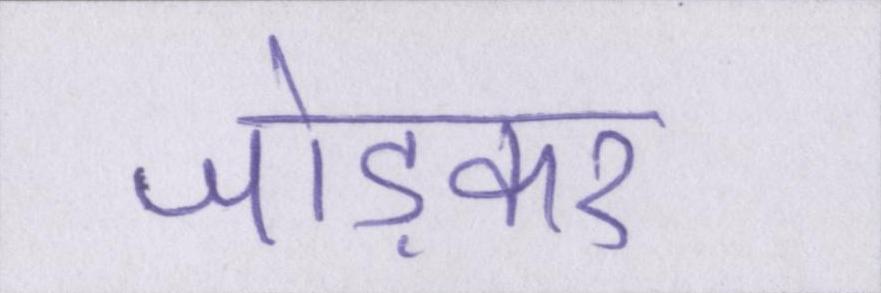
जोड़कर